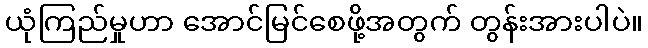
ယုံကြည်မှုဟာ အောင်မြင်စေဖို့အတွက် တွန်းအားပါပဲ။